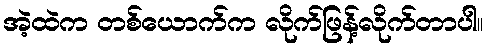
အဲ့ထဲက တစ်ယောက်က လိုက်ဖြန့်လိုက်တာပါ။